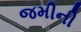
જમીની